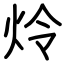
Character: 炩